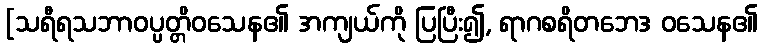
[သရီရသဘာဝပ္ပတ္တိဝသေန၏ အကျယ်ကို ပြပြီး၍, ရာဂစရိတဘေဒ ဝသေန၏